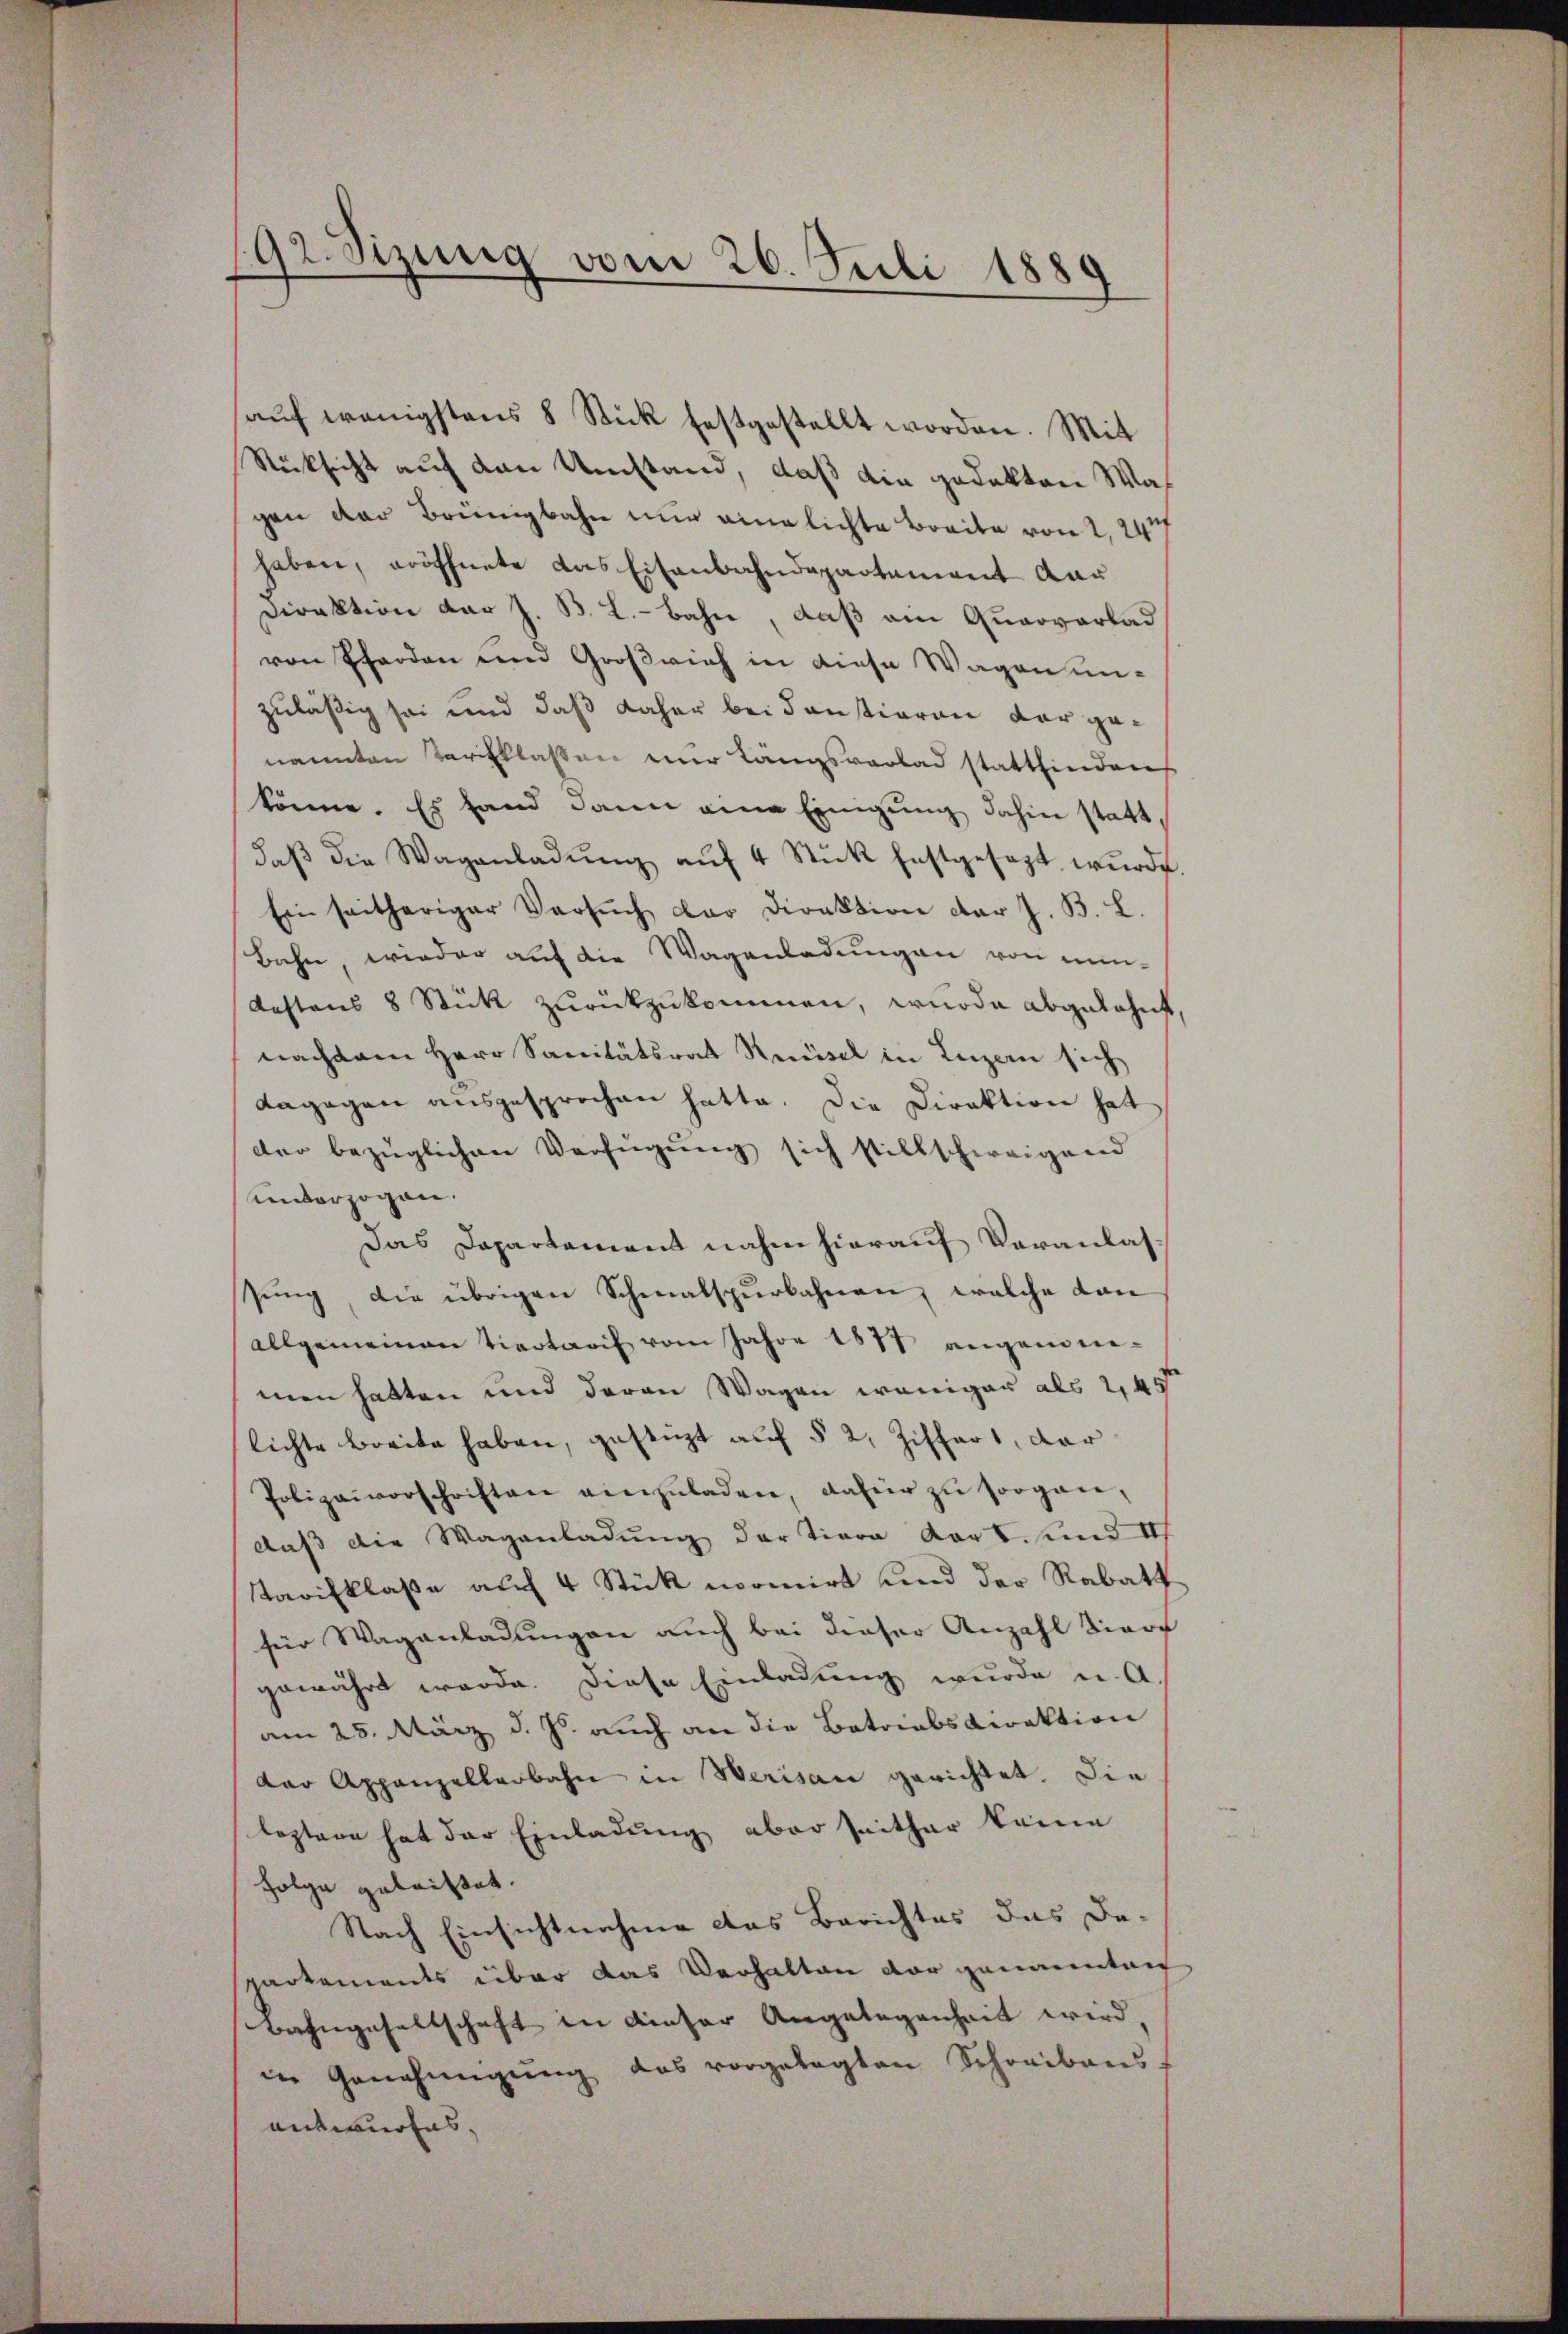
92. Sizung vom 26. Juli 1889
.

Rücksicht auf den Umstand, daß die gedekten Was
gen der Brüngbahn nur einlichte Breite von 2, 24
haben, eröffnete das Eisenbahndepartement dar
Direktion der J. B. L.-Bahn, daß am Quarverlad
von Pferden und Großrich in diese Wagen unzuläßig sei und daß daher bei Constieren der genannten Tarifklassen nur Längsvorlad stattfinden
könne. Es hand dann eine Einigung dahin statt.
daβ die Waganladŭng aŭf 4 Stŭk festgesezt wŭrde.
Ein seitheriger Versŭch der Direktion der J. B. L.
Bahn, wieder auf die Wagenladungen von min-
Kastens 8 Stück zurückzukommen, wurde abgelehnt,
nachdem Herr Sanitätsrat Reisel in Luzern sich
dagegen ausgesprochen hatte. Die Direktion hat
der bezüglichen Verfügung sich stillschweigend
unterzogen.
Das Dapartement nahm hierauf Veranlassung, die übrigen Schmalspurbahnen, welche dann
allgemeinen Tieotarif vom Jahre 1877 angemeimen hatten und deren Wagen weniger als 245
lichte breite haben, gestüzt auf § 2, Ziffert, dar
Polizeivorschriften einzŭladen, dafür zŭ sorgan,
daß die Waganladung der tiere dort und II
Tarifklaße auf 4 Stück normirt und der Rabatt
für Waganladungen auch bei dieser Anzahl tierf
gewährt werde. Diese Einladung wurde u. A.
am 25. März d. Js. auch an die Batriabsdirektion
der Appenzellenbahn in Werisau gerichtet. Die
leztere hat der Einladung aber seither keine
Folge geleistet.
Nach Einsichtnahme das Berichtes das De-
partements über das Verhalten der genannten
Bahngesellschaft in dieser Angelegenheit wird,
in Genehmigŭng des vorgelegten Schreibens
antwurfes, |

aŭf wenigstens 8 Stick festgestellt worden. Mit